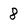
Character: 8